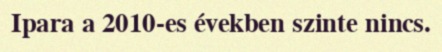
Ipara a 2010-es években szinte nincs.